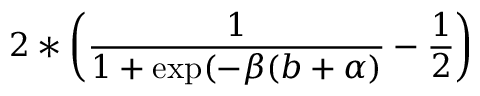
2 * \left( \frac { 1 } { 1 + \exp ( - \beta ( b + \alpha ) } - \frac { 1 } { 2 } \right)